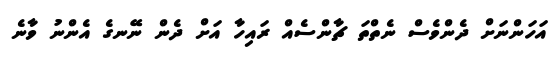
އަހަންނަށް ދެންވެސް ނެތްތަ ޗާންސެއް ރައިހާ އަށް ދެން ނޭނގެ އެންނު ވާނެ